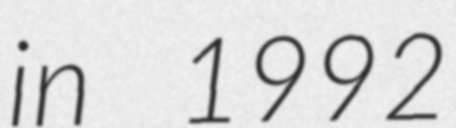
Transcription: in 1992